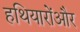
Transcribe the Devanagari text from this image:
हथियारोंऔर